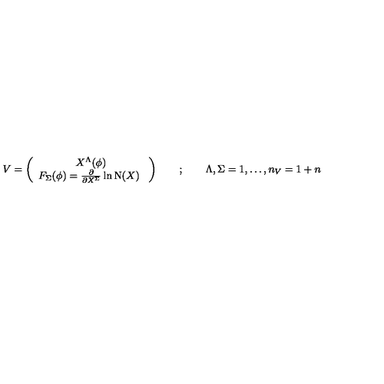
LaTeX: V = \left( \begin{array} { c } { X ^ { \Lambda } ( \phi ) } \\ { F _ { \Sigma } ( \phi ) = \frac { \partial } { \partial X ^ { \Sigma } } \ln \mathrm { N } ( X ) \ } \\ \end{array} \right) \quad \quad ; \quad \quad \Lambda , \Sigma = 1 , \dots , n _ { V } = 1 + n